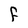
Character: F